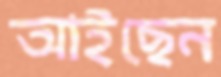
আইছেন